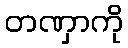
တဏှာကို